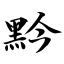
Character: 黔